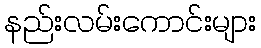
နည်းလမ်းကောင်းများ